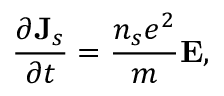
\frac { \partial { \bf J } _ { s } } { \partial t } = \frac { n _ { s } e ^ { 2 } } { m } { \bf E } ,